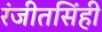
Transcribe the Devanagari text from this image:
रंजीतसिंही